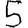
Digit: 5